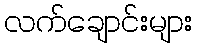
လက်ချောင်းများ